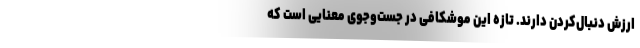
ارزش دنبال‌کردن دارند. تازه این موشکافی در جست‌وجوی معنایی است که